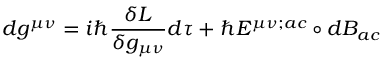
d g ^ { \mu \nu } = i \hbar \frac { \delta L } { \delta g _ { \mu \nu } } d \tau + \hbar { \cal E } ^ { \mu \nu ; a c } \circ d B _ { a c }